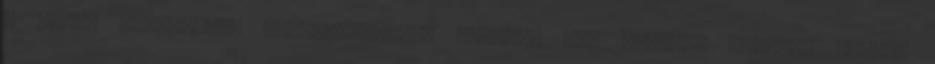
a három hadosztály akadálytalanul nyomult elő Pozsony tájáig, miután